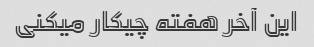
این آخر هفته چیکار میکنی